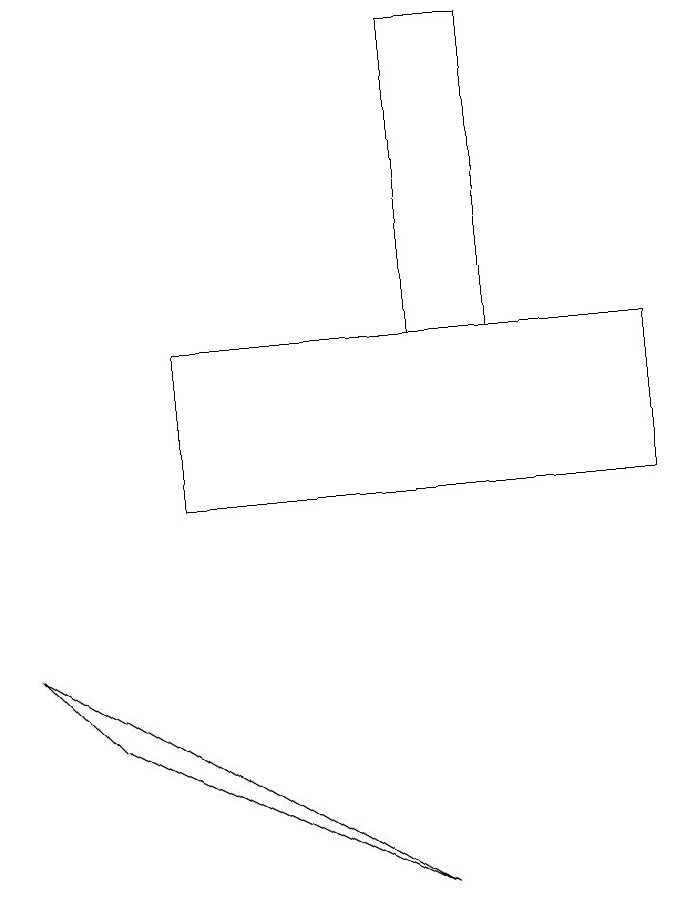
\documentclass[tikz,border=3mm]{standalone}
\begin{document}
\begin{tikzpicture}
\draw (3,13) rectangle (9,11);
\draw (6,17) rectangle (7,13);
\draw (6,6) -- (2,8) -- (1,9) -- cycle;
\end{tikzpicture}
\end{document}